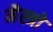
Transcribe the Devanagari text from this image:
मैस्त्रो